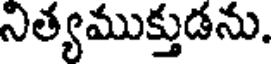
నిత్యముక్తుడను.